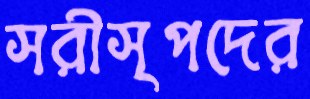
সরীসৃপদের